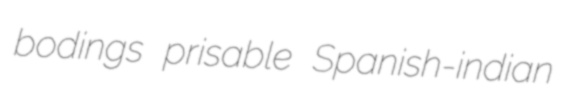
bodings prisable Spanish-indian